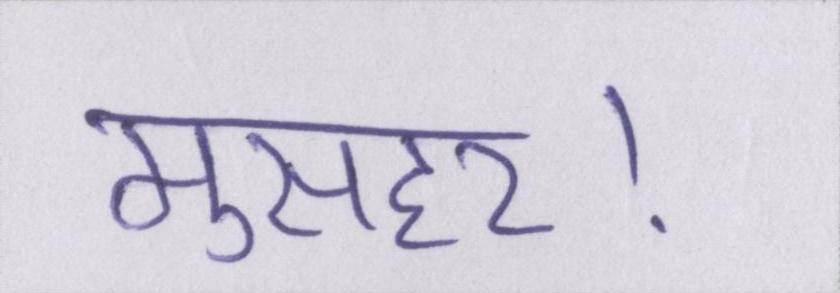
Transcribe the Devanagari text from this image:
मुसहर।